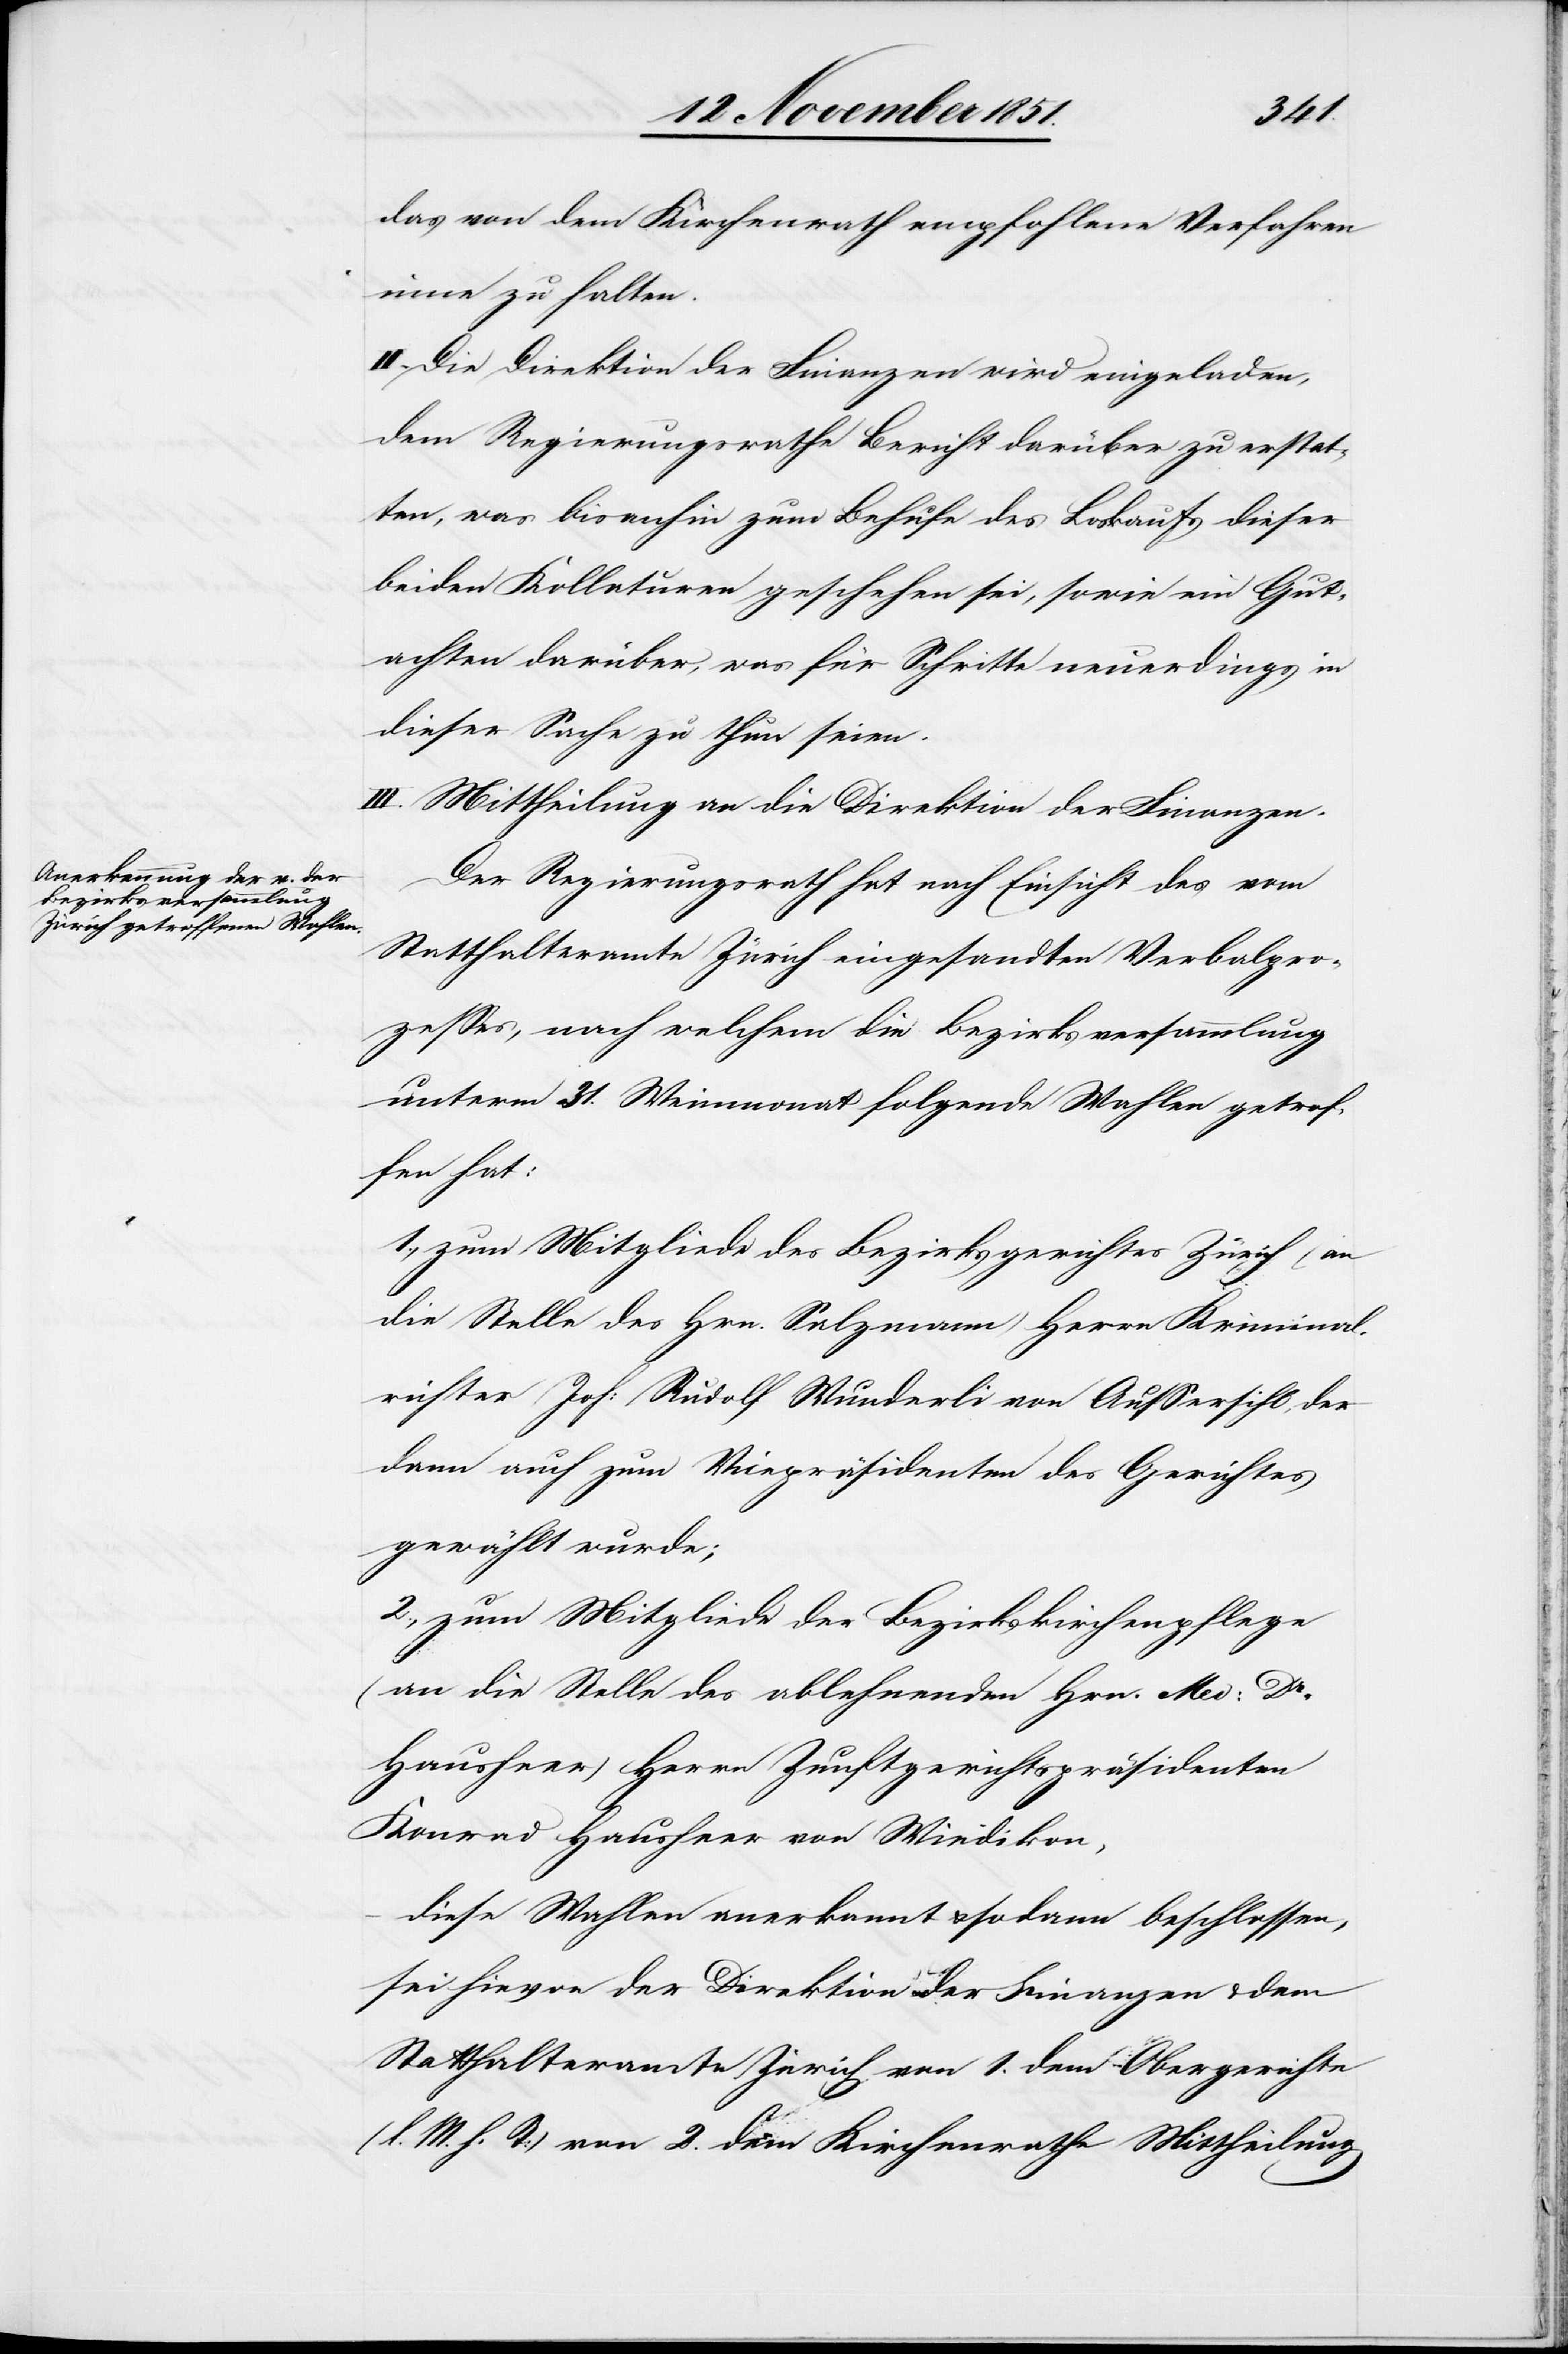
das von dem Kirchenrath empfohlene Verfahren
inne zu halten.
II. Die Direktion der Finanzen wird eingeladen,
dem Regierungsrathe Bericht darüber zu erstat¬
ten, was bisanhin zum Behufe des Loskaufs dieser
beiden Kollaturen geschehen sei, sowie ein Gut¬
achten darüber, was für Schritte neuerdings in
dieser Sache zu thun seien.
III. Mittheilung an die Direktion der Finanzen.
Der Regierungsrath hat nach Einsicht des vom
Statthalteramte Zürich eingesandten Verbalpro¬
zesses, nach welchem die Bezirksversammlung
unterm 31. Weinmonat folgende Wahlen getrof¬
fen hat:
1., zum Mitgliede des Bezirksgerichtes Zürich (an
die Stelle des Hrn. Salzmann) Herrn Kriminal¬
richter Joh: Rudolf Wunderli von Aussersihl, der
dann auch zum Vicepräsidenten des Gerichtes
gewählt wurde;
2., zum Mitgliede der Bezirkskirchenpflege
(an die Stelle des ablehnenden Hrn. Med: Dr.
Hausheer) Herrn Zunftgerichtspräsidenten
Konrad Hausheer von Wiedikon,
diese Wahlen anerkannt & sodann beschlossen,
sei hievon der Direktion der Finanzen & dem
Statthalteramte Zürich von 1. dem Obergerichte
(l. M. h. T) von 2. dem Kirchenrathe Mittheilung